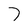
Character: 7